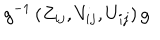
LaTeX: g ^ { - 1 } \left( Z _ { i j } , V _ { i j } , U _ { i j } \right) g